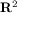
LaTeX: \mathbf { R } ^ { 2 }